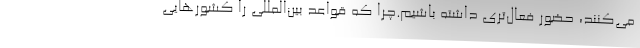
می‌کنند، حضور فعال‌تری داشته باشیم.چرا که قواعد بین‌المللی را کشورهایی